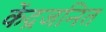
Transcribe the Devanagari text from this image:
केंद्रजनित